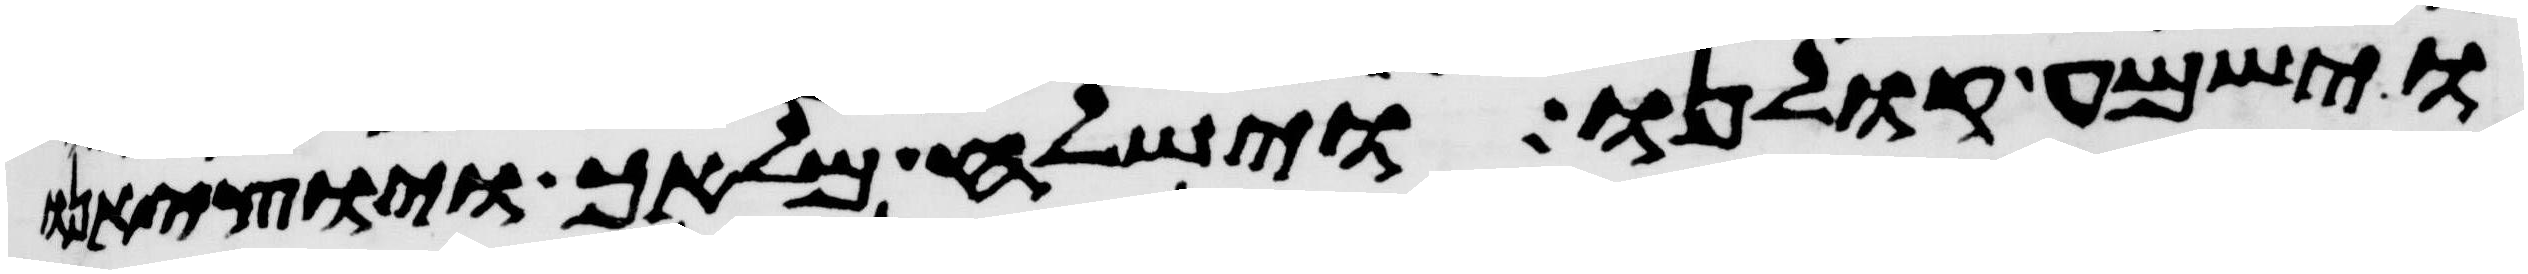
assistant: וישמע קולנו וישלח מלאך ויוציאנו